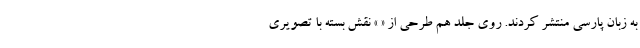
به زبان پارسی منتشر کردند. روی جلد هم طرحی از « » نقش بسته با تصویری